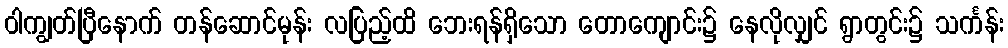
ဝါကျွတ်ပြီနောက် တန်ဆောင်မုန်း လပြည့်ထိ ဘေးရန်ရှိသော တောကျောင်း၌ နေလိုလျှင် ရွာတွင်း၌ သင်္ကန်း